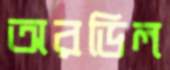
অরডিল